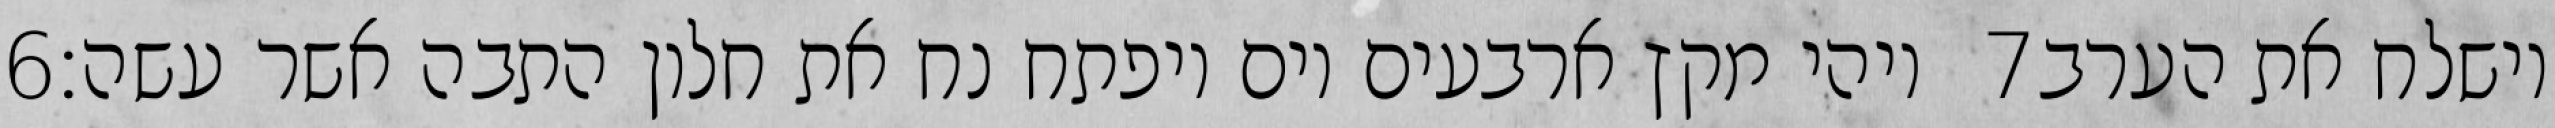
‎6‏ ויהי מקץ ארבעים יום ויפתח נח את חלון התבה אשר עשה׃ ‎7‏ וישלח את הערב